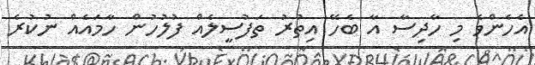
އެހެންވެ މި ހާދިސާ އާ ބެހޭ އިތުރު ތަފުސީލެއް ފުލުހުން ހާމައެއް ނުކުރެ